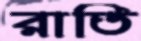
রাতি